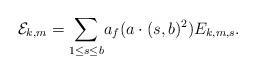
LaTeX: \begin{align*}\mathcal{E}_{k,m} = \underset{1 \leq s \leq b}\sum a_f(a \cdot (s,b)^2) E_{k,m,s}.\end{align*}